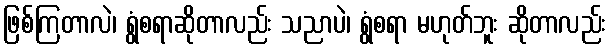
ဖြစ်ကြတာလဲ၊ ရွံစရာဆိုတာလည်း သညာပဲ၊ ရွံစရာ မဟုတ်ဘူး ဆိုတာလည်း